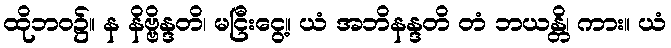
ထိုဘဝ၌။ န နိဗ္ဗိန္ဒတိ၊ မငြီးငွေ့။ ယံ အဘိနန္ဒတိ တံ ဘယန္တိ၊ ကား။ ယံ